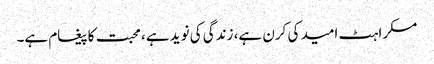
مسکراہٹ امید کی کرن ہے، زندگی کی نوید ہے، محبت کا پیغام ہے۔